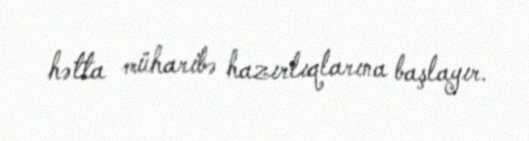
hətta müharibə hazırlıqlarına başlayır.